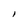
Character: l